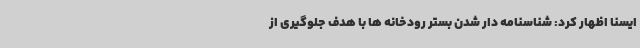
ایسنا اظهار کرد: شناسنامه دار شدن بستر رودخانه ها با هدف جلوگیری از